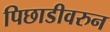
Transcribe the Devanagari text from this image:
पिछाडीवरुन